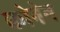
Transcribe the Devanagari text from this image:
कोनेन